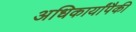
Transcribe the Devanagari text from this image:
अधिकार्यांपैकी